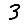
Digit: 3